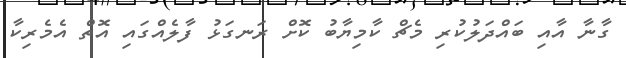
ގާނާ އާއި ބައްދަލުކުރި މެޗް ކާމިޔާބު ކޮށް ރަނގަޅު ފާލެއްގައި އޮތް އެމެރިކާ